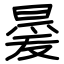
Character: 㬊